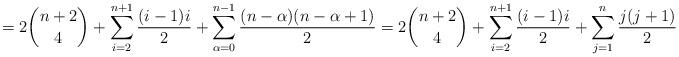
LaTeX: \begin{align*} = 2 \binom{n+2}{4} + \sum_{i=2}^{n+1} \frac{(i-1) i}{2} + \sum_{\alpha=0}^{n-1} \frac{(n-\alpha) (n-\alpha+1)}{2} = 2 \binom{n+2}{4} + \sum_{i=2}^{n+1} \frac{(i-1) i}{2} + \sum_{j=1}^{n} \frac{j (j+1)}{2} \end{align*}